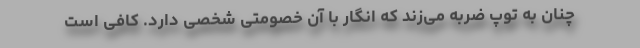
چنان به توپ ضربه می‌زند که انگار با آن خصومتی شخصی دارد. کافی است